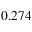
0 . 2 7 4